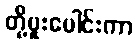
တို့ပူးပေါင်းကာ